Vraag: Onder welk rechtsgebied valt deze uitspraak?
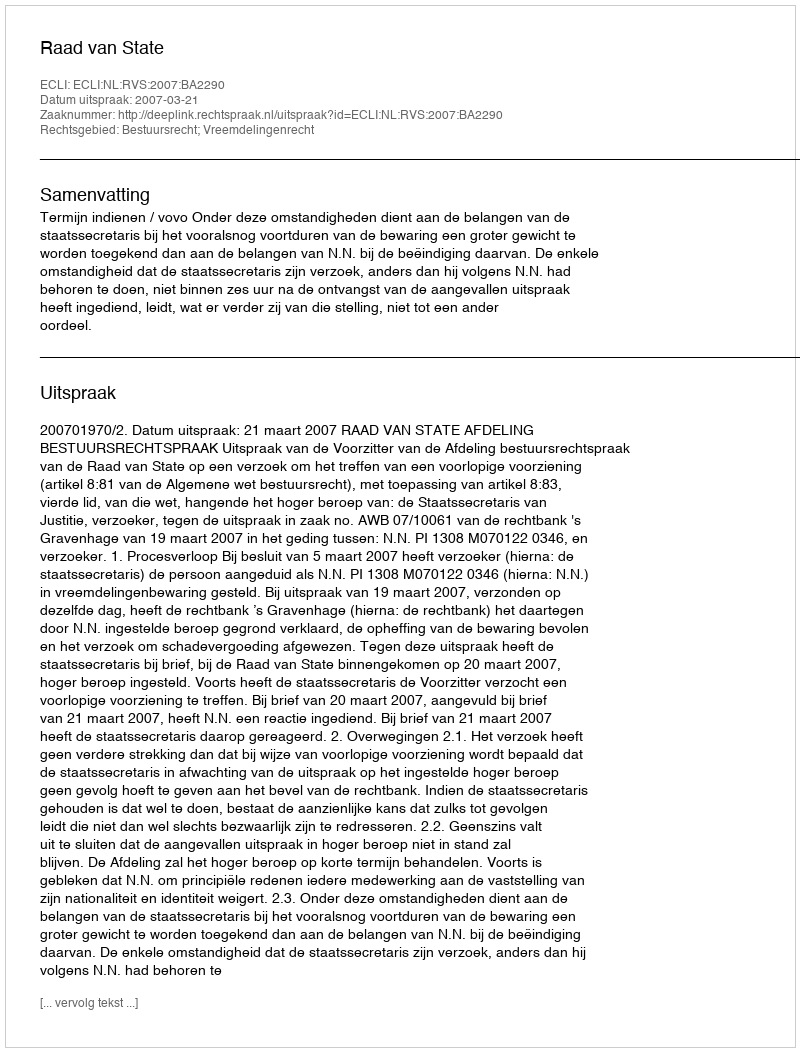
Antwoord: Bestuursrecht; Vreemdelingenrecht